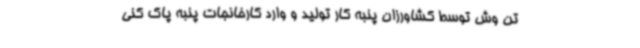
تن وش توسط کشاورزان پنبه کار تولید و وارد کارخانجات پنبه پاک کنی